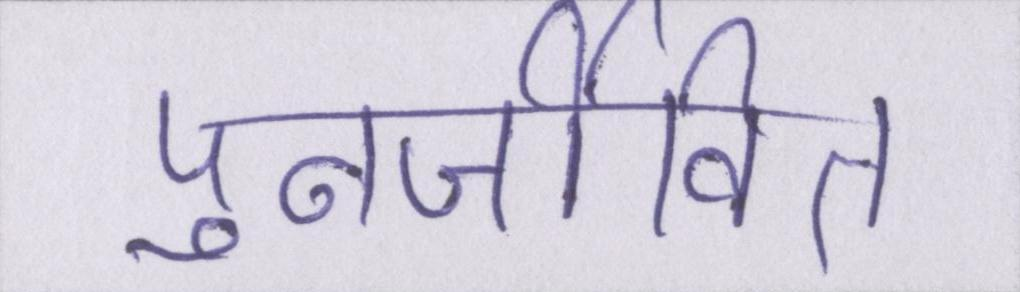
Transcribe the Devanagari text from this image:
पुनर्जीवित